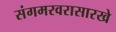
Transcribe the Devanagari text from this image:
संगमरवरासारखे